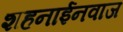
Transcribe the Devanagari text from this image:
शहनाईनवाज